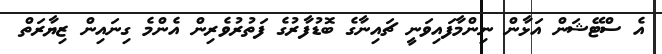
އެ ސްޓޭޝަން އަޅާން ނިންމާފައިވަނީ ޗައިނާގެ ބޮޑުފާރުގެ ފަތުރުވެރިން އެންމެ ގިނައިން ޒިޔާރަތް